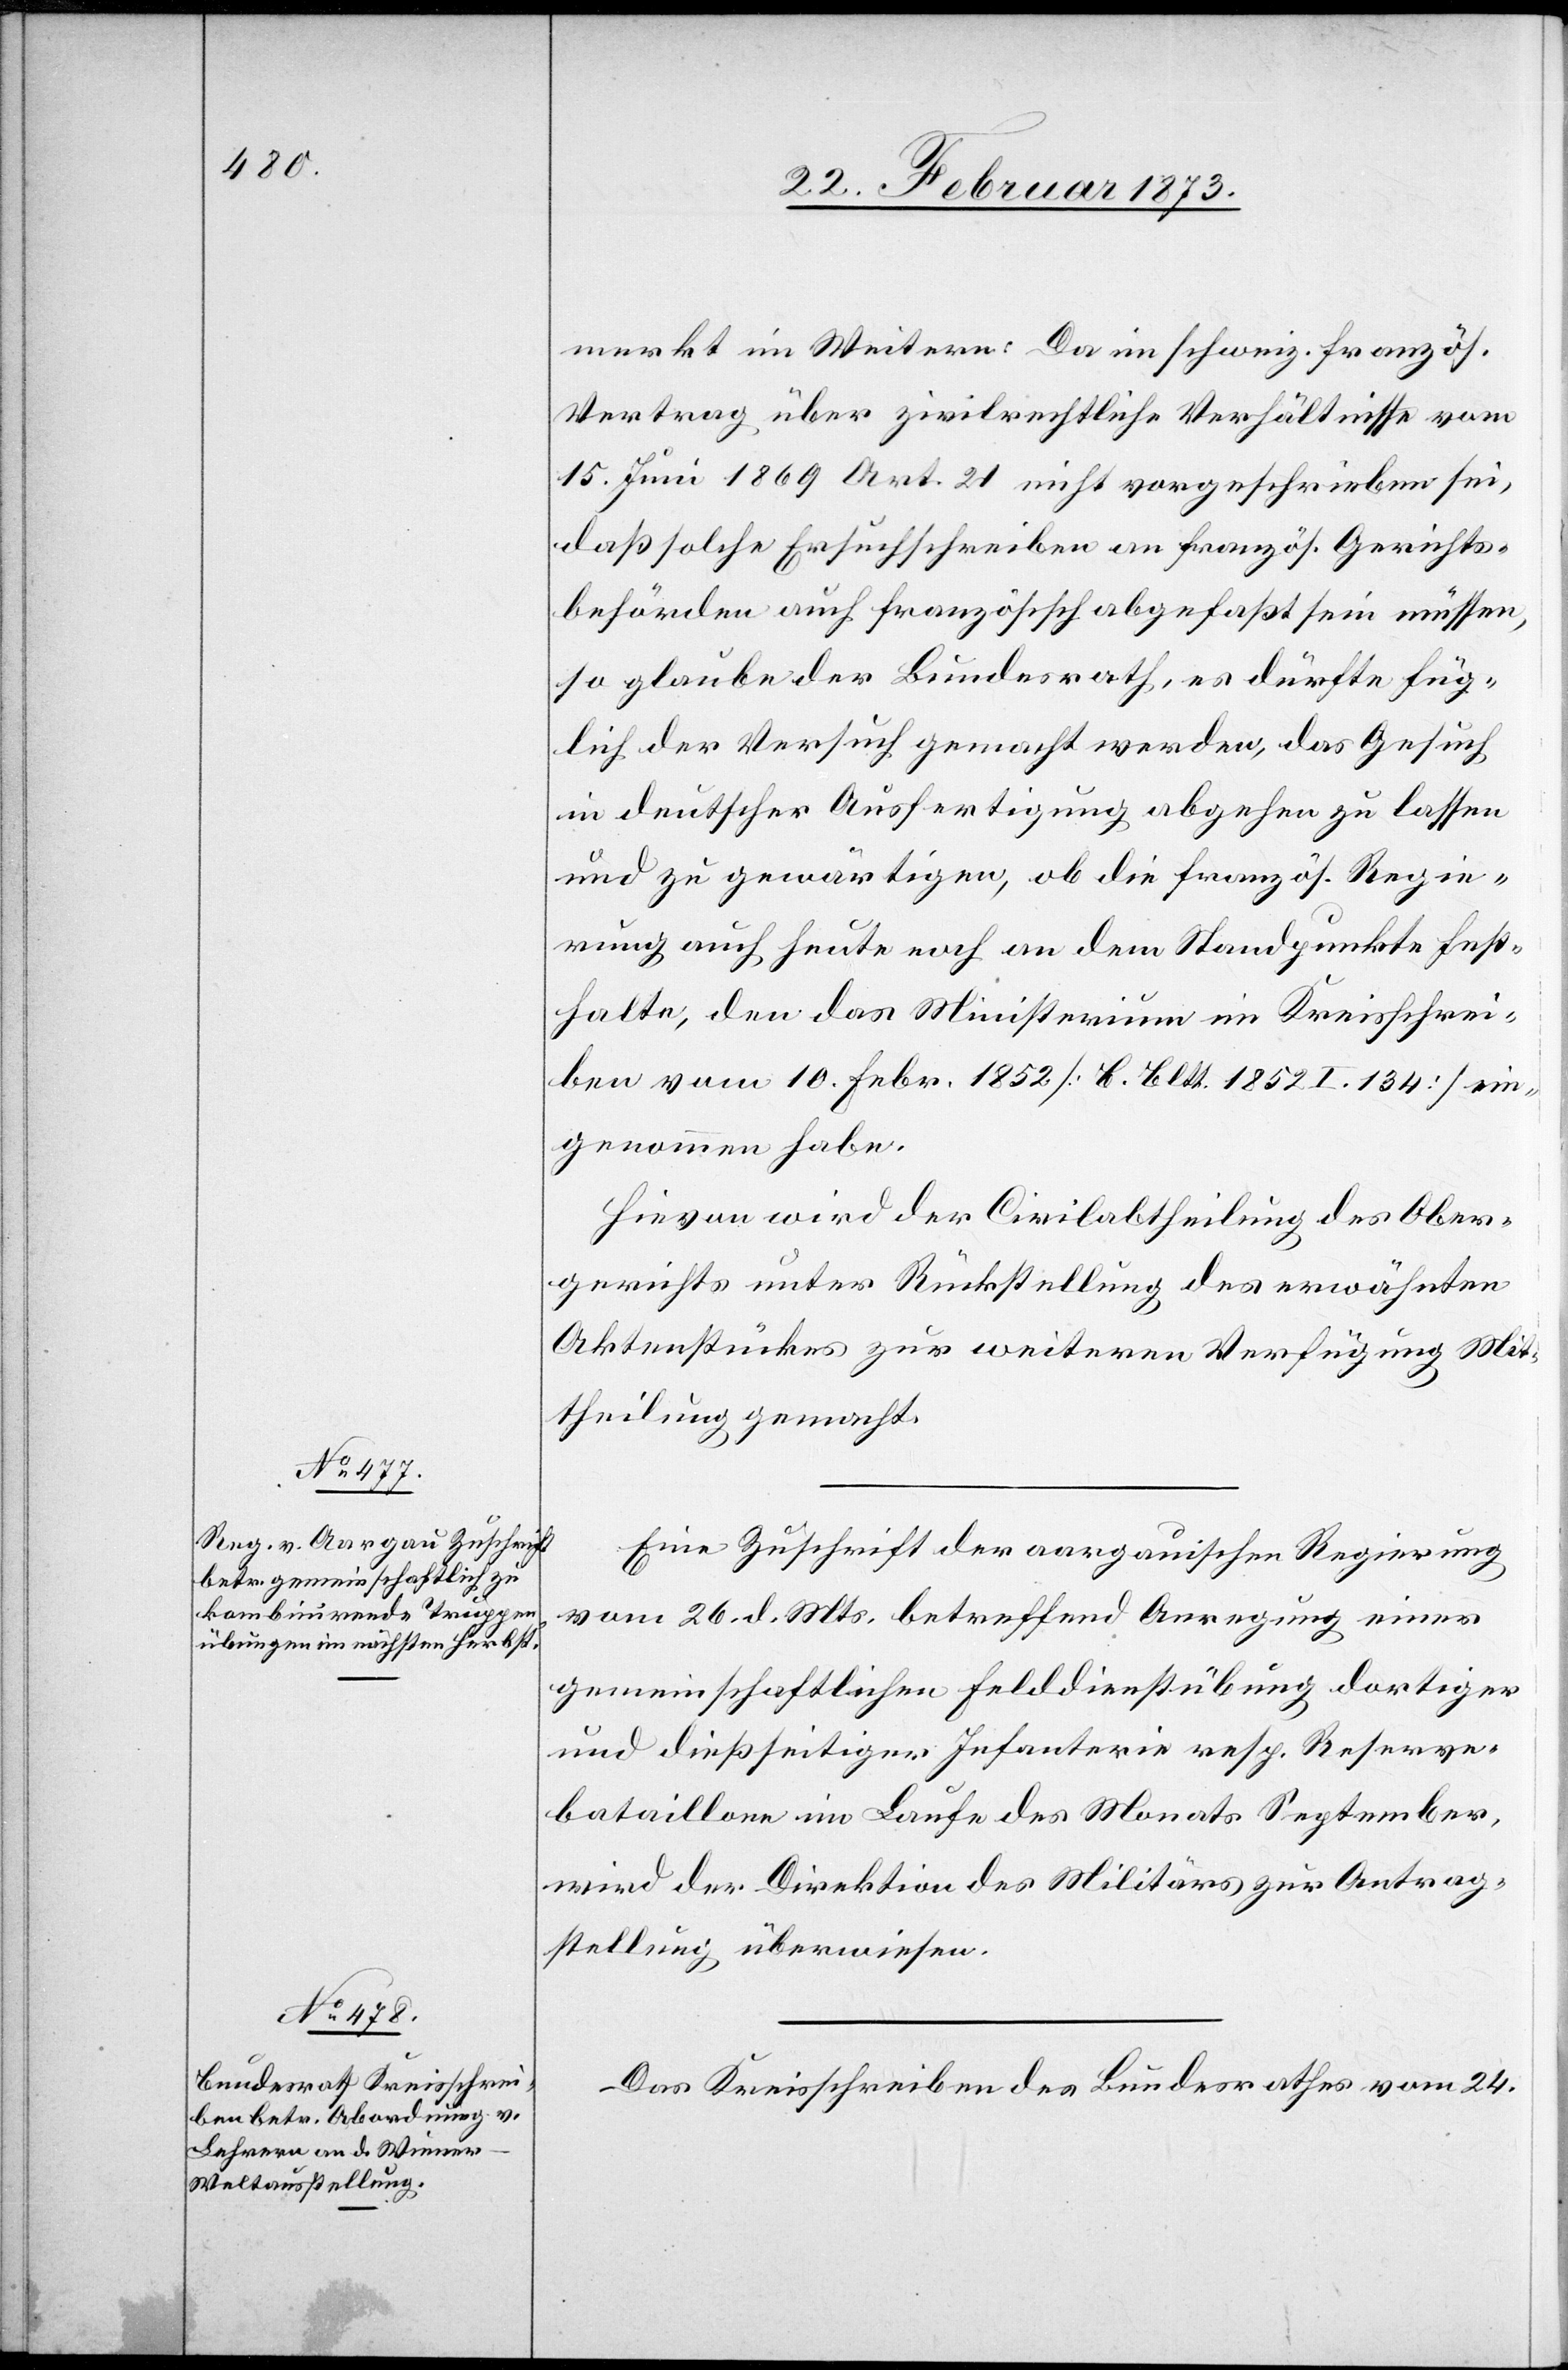
28. Februar 1873.]
merkt im Weitern: Da im schweiz. französ.
Vertrag über zivilrechtliche Verhältnisse vom
15. Juni 1869 Art. 21 nicht vorgeschrieben sei,
daß solche Ersuchschreiben an französ. Gerichts¬
behörden auch französisch abgefaßt sein müssen,
so glauben der Bundesrath, es dürfte füg¬
lich der Versuch gemacht werden, das Gesuch
in deutscher Ausfertigung abgehen zu lassen
und zu gewärtigen, ob die französ. Regie¬
rung auch heute noch an dem Standpunkte fest¬
halte, den das Ministerium im Kreisschrei¬
ben vom 10. Febr. 1852 [b. bltt. 1852 I. 134] ein¬
genommen habe.
Hievon wird der Civilabtheilung des Ober¬
gerichts unter Rückstellung des erwähnten
Aktenstückes zur weiteren Verfügung Mit¬
theilung gemacht.
Eine Zuschrift der aargauischen Regierung
vom 26. d. Mts. betreffend Anregung einer
gemeinschaftlichen Felddienstübung dortiger
und dießseitiger Infanterie resp. Reserve¬
bataillone im Laufe des Monats September,
wird der Direktion des Militärs zur Antrag¬
stellung überwiesen.
Das Kreisschreiben des Bundesrathes vom 24.